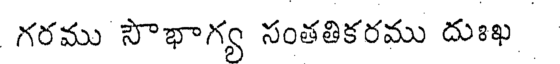
గరము సౌభాగ్య సంతతికరము దుఃఖ